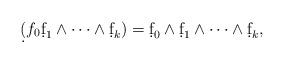
LaTeX: \begin{align*}\d( f_0\d f_1\wedge\cdots \wedge\d f_k)= \d f_0\wedge \d f_1\wedge\cdots \wedge\d f_k,\end{align*}